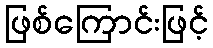
ဖြစ်ကြောင်းဖြင့်